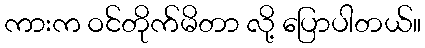
ကားက ဝင်တိုက်မိတာ လို့ ပြောပါတယ်။